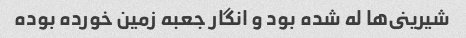
شیرینى‌ها له شده بود و انگار جعبه زمین خورده بوده